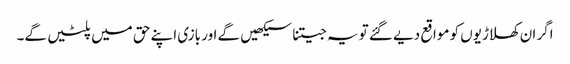
اگر ان کھلاڑیوں کو مواقع دیے گئے تو یہ جیتنا سیکھیں گے اور بازی اپنے حق میں پلٹیں گے۔